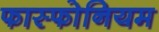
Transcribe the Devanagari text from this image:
फास्फोनियम